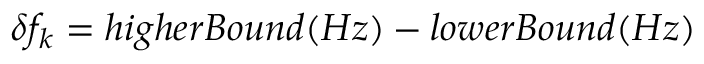
\begin{array} { r } { \delta f _ { k } = h i g h e r B o u n d ( H z ) - l o w e r B o u n d ( H z ) } \end{array}